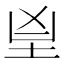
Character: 𦤴